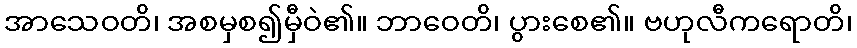
အာသေဝတိ၊ အစမှစ၍မှီဝဲ၏။ ဘာဝေတိ၊ ပွားစေ၏။ ဗဟုလီကရောတိ၊